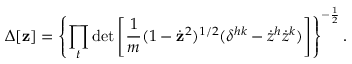
\Delta [ { \bf z } ] = \left\{ \prod _ { t } \operatorname * { d e t } \left[ { \frac { 1 } { m } } ( 1 - \dot { \bf z } ^ { 2 } ) ^ { 1 / 2 } ( \delta ^ { h k } - { \dot { z } } ^ { h } { \dot { z } } ^ { k } ) \right] \right\} ^ { - \frac { 1 } { 2 } } .